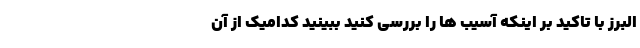
البرز با تاکید بر اینکه آسیب ها را بررسی کنید ببینید کدامیک از آن